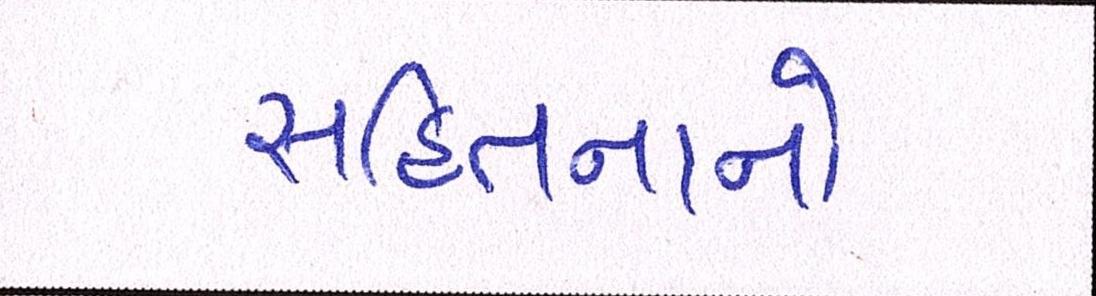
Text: સહિતનાનો